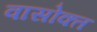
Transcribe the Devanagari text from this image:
वासोक्त